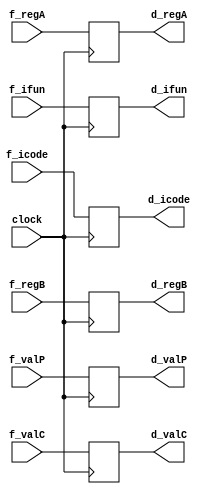
`timescale 1ns / 1ps

module decode_register(f_icode,f_ifun,f_regA,f_regB,f_valC,f_valP,d_icode,d_ifun,d_regA,d_regB,d_valC,d_valP,clock);  
input clock;
input [3:0] f_icode,f_ifun,f_regA,f_regB;
input [63:0] f_valC;
input [63:0] f_valP;
output reg [3:0] d_icode,d_ifun,d_regA,d_regB;
output reg [63:0] d_valC,d_valP;

always@(posedge clock) begin
    d_icode <= f_icode;
    d_ifun <= f_ifun;
    d_regA <= f_regA;
    d_regB <= f_regB;
    d_valC <= f_valC;
    d_valP <= f_valP;
end
endmodule